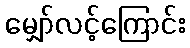
မျှော်လင့်ကြောင်း